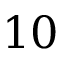
1 0